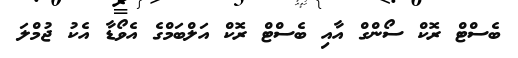
ބެސްޓް ރޮކް ސޯންގް އާއި ބެސްޓް ރޮކް އަލްބަމްގެ އެވޯޑާ އެކު ޖުމްލަ